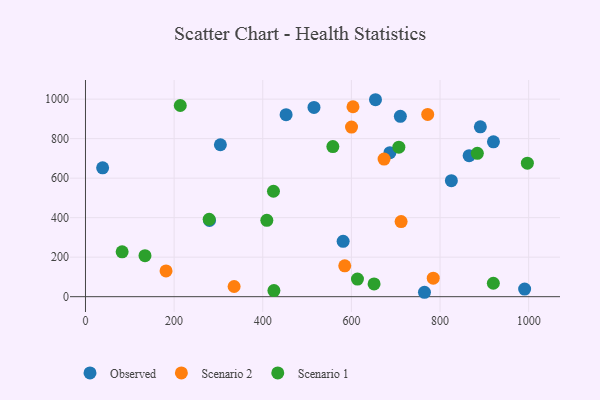
{"axis": {"x": "Engine Size", "y": "Rating"}, "legend": ["Observed", "Scenario 1", "Scenario 2"], "data": [{"x": "710.5", "y": 912.9, "type": "Observed"}, {"x": "279.9", "y": 385.7, "type": "Observed"}, {"x": "865.7", "y": 714.0, "type": "Observed"}, {"x": "515.6", "y": 957.8, "type": "Observed"}, {"x": "304.4", "y": 769.2, "type": "Observed"}, {"x": "452.7", "y": 921.3, "type": "Observed"}, {"x": "990.9", "y": 38.3, "type": "Observed"}, {"x": "764.9", "y": 22.3, "type": "Observed"}, {"x": "581.4", "y": 280.2, "type": "Observed"}, {"x": "38.7", "y": 652.3, "type": "Observed"}, {"x": "686.9", "y": 729.0, "type": "Observed"}, {"x": "891.0", "y": 859.8, "type": "Observed"}, {"x": "654.4", "y": 997.0, "type": "Observed"}, {"x": "825.6", "y": 587.3, "type": "Observed"}, {"x": "920.5", "y": 783.7, "type": "Observed"}, {"x": "712.2", "y": 380.1, "type": "Scenario 2"}, {"x": "772.2", "y": 922.4, "type": "Scenario 2"}, {"x": "335.4", "y": 51.5, "type": "Scenario 2"}, {"x": "673.8", "y": 696.6, "type": "Scenario 2"}, {"x": "600.3", "y": 858.7, "type": "Scenario 2"}, {"x": "603.6", "y": 961.5, "type": "Scenario 2"}, {"x": "784.7", "y": 93.8, "type": "Scenario 2"}, {"x": "585.0", "y": 156.0, "type": "Scenario 2"}, {"x": "181.8", "y": 130.5, "type": "Scenario 2"}, {"x": "424.2", "y": 533.7, "type": "Scenario 1"}, {"x": "134.3", "y": 207.8, "type": "Scenario 1"}, {"x": "82.7", "y": 227.3, "type": "Scenario 1"}, {"x": "425.2", "y": 31.0, "type": "Scenario 1"}, {"x": "884.2", "y": 725.8, "type": "Scenario 1"}, {"x": "997.1", "y": 676.0, "type": "Scenario 1"}, {"x": "279.1", "y": 391.8, "type": "Scenario 1"}, {"x": "707.1", "y": 756.9, "type": "Scenario 1"}, {"x": "558.2", "y": 759.6, "type": "Scenario 1"}, {"x": "409.2", "y": 386.7, "type": "Scenario 1"}, {"x": "920.3", "y": 68.1, "type": "Scenario 1"}, {"x": "613.7", "y": 88.9, "type": "Scenario 1"}, {"x": "651.2", "y": 64.5, "type": "Scenario 1"}, {"x": "213.9", "y": 967.8, "type": "Scenario 1"}]}